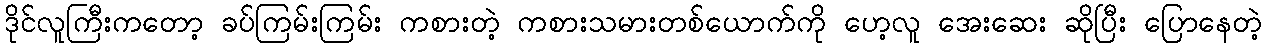
ဒိုင်လူကြီးကတော့ ခပ်ကြမ်းကြမ်း ကစားတဲ့ ကစားသမားတစ်ယောက်ကို ဟေ့လူ အေးဆေး ဆိုပြီး ပြောနေတဲ့